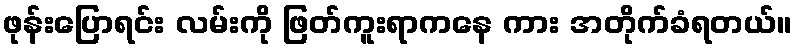
ဖုန်းပြောရင်း လမ်းကို ဖြတ်ကူးရာကနေ ကား အတိုက်ခံရတယ်။